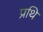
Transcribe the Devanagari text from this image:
प्रथि